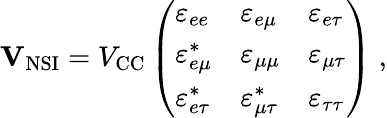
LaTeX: \begin{array}{r}{\mathbf{V}_{\mathrm{NSI}}=V_{\mathrm{CC}}\left(\begin{array}{lll}{\varepsilon_{ee}}&{\varepsilon_{e\mu}}&{\varepsilon_{e\tau}}\\ {\varepsilon_{e\mu}^{\ast}}&{\varepsilon_{\mu\mu}}&{\varepsilon_{\mu\tau}}\\ {\varepsilon_{e\tau}^{\ast}}&{\varepsilon_{\mu\tau}^{\ast}}&{\varepsilon_{\tau\tau}}\end{array}\right)\; ,}\end{array}